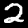
Label: 2